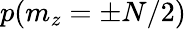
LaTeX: p(m_{z}=\pm N/2)